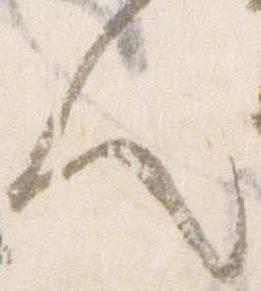
人